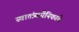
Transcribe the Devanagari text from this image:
स्वातंत्र्यसैनिकांचे